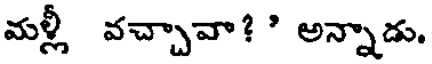
మళ్లీ వచ్చావా? ' అన్నాడు.